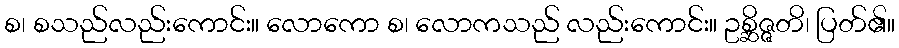
စ၊ စသည်လည်းကောင်း။ လောကော စ၊ လောကသည် လည်းကောင်း။ ဥစ္ဆိဇ္ဇတိ၊ ပြတ်၏။